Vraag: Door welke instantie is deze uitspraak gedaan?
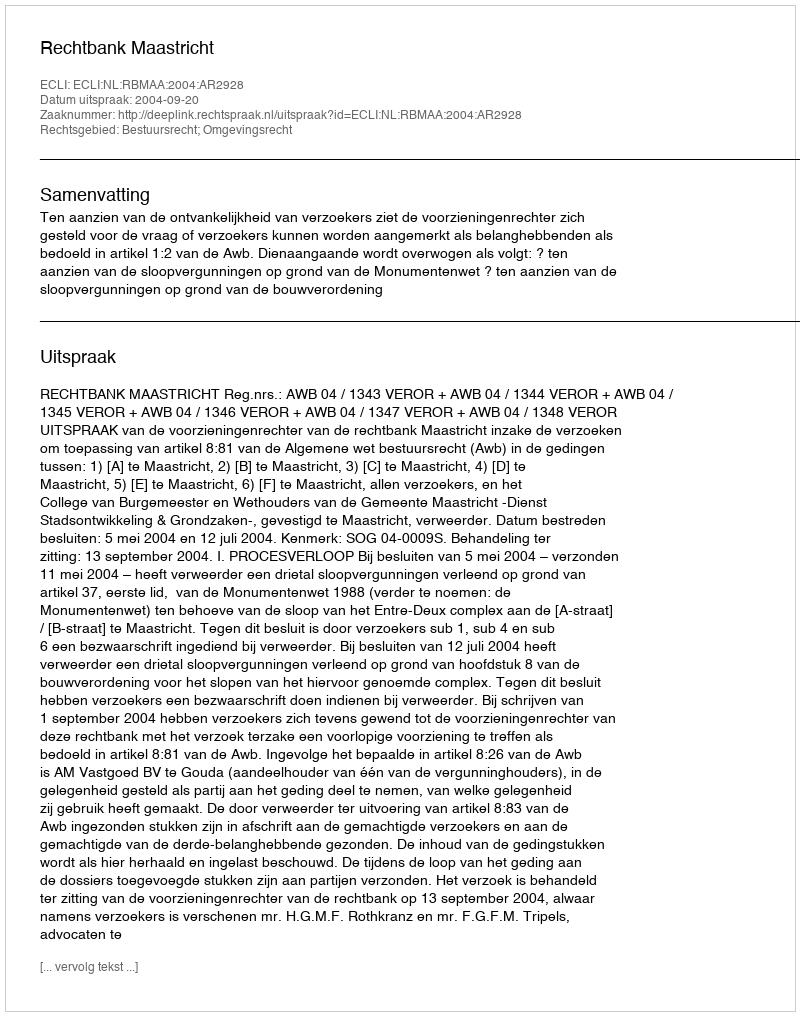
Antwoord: Rechtbank Maastricht